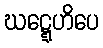
ဃဋ္ဋေဟိပေ